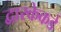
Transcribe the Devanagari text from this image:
द्वारकेकडे